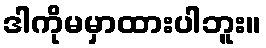
ဒါကိုမမှာထားပါဘူး။